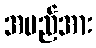
အမည်အား